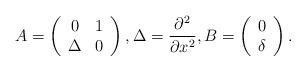
LaTeX: \begin{align*}A=\left(\begin{array}{cc}0 & 1 \\\Delta & 0 \\\end{array}\right),\Delta=\frac{\partial^2 }{\partial x^2},B=\left(\begin{array}{c}0 \\\delta\\\end{array}\right).\end{align*}